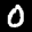
Label: 0